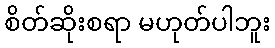
စိတ်ဆိုးစရာ မဟုတ်ပါဘူး